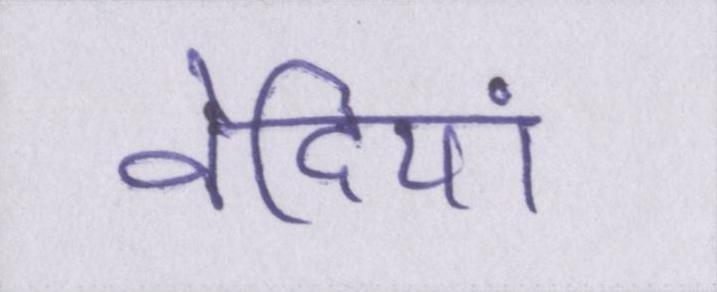
वेदियां